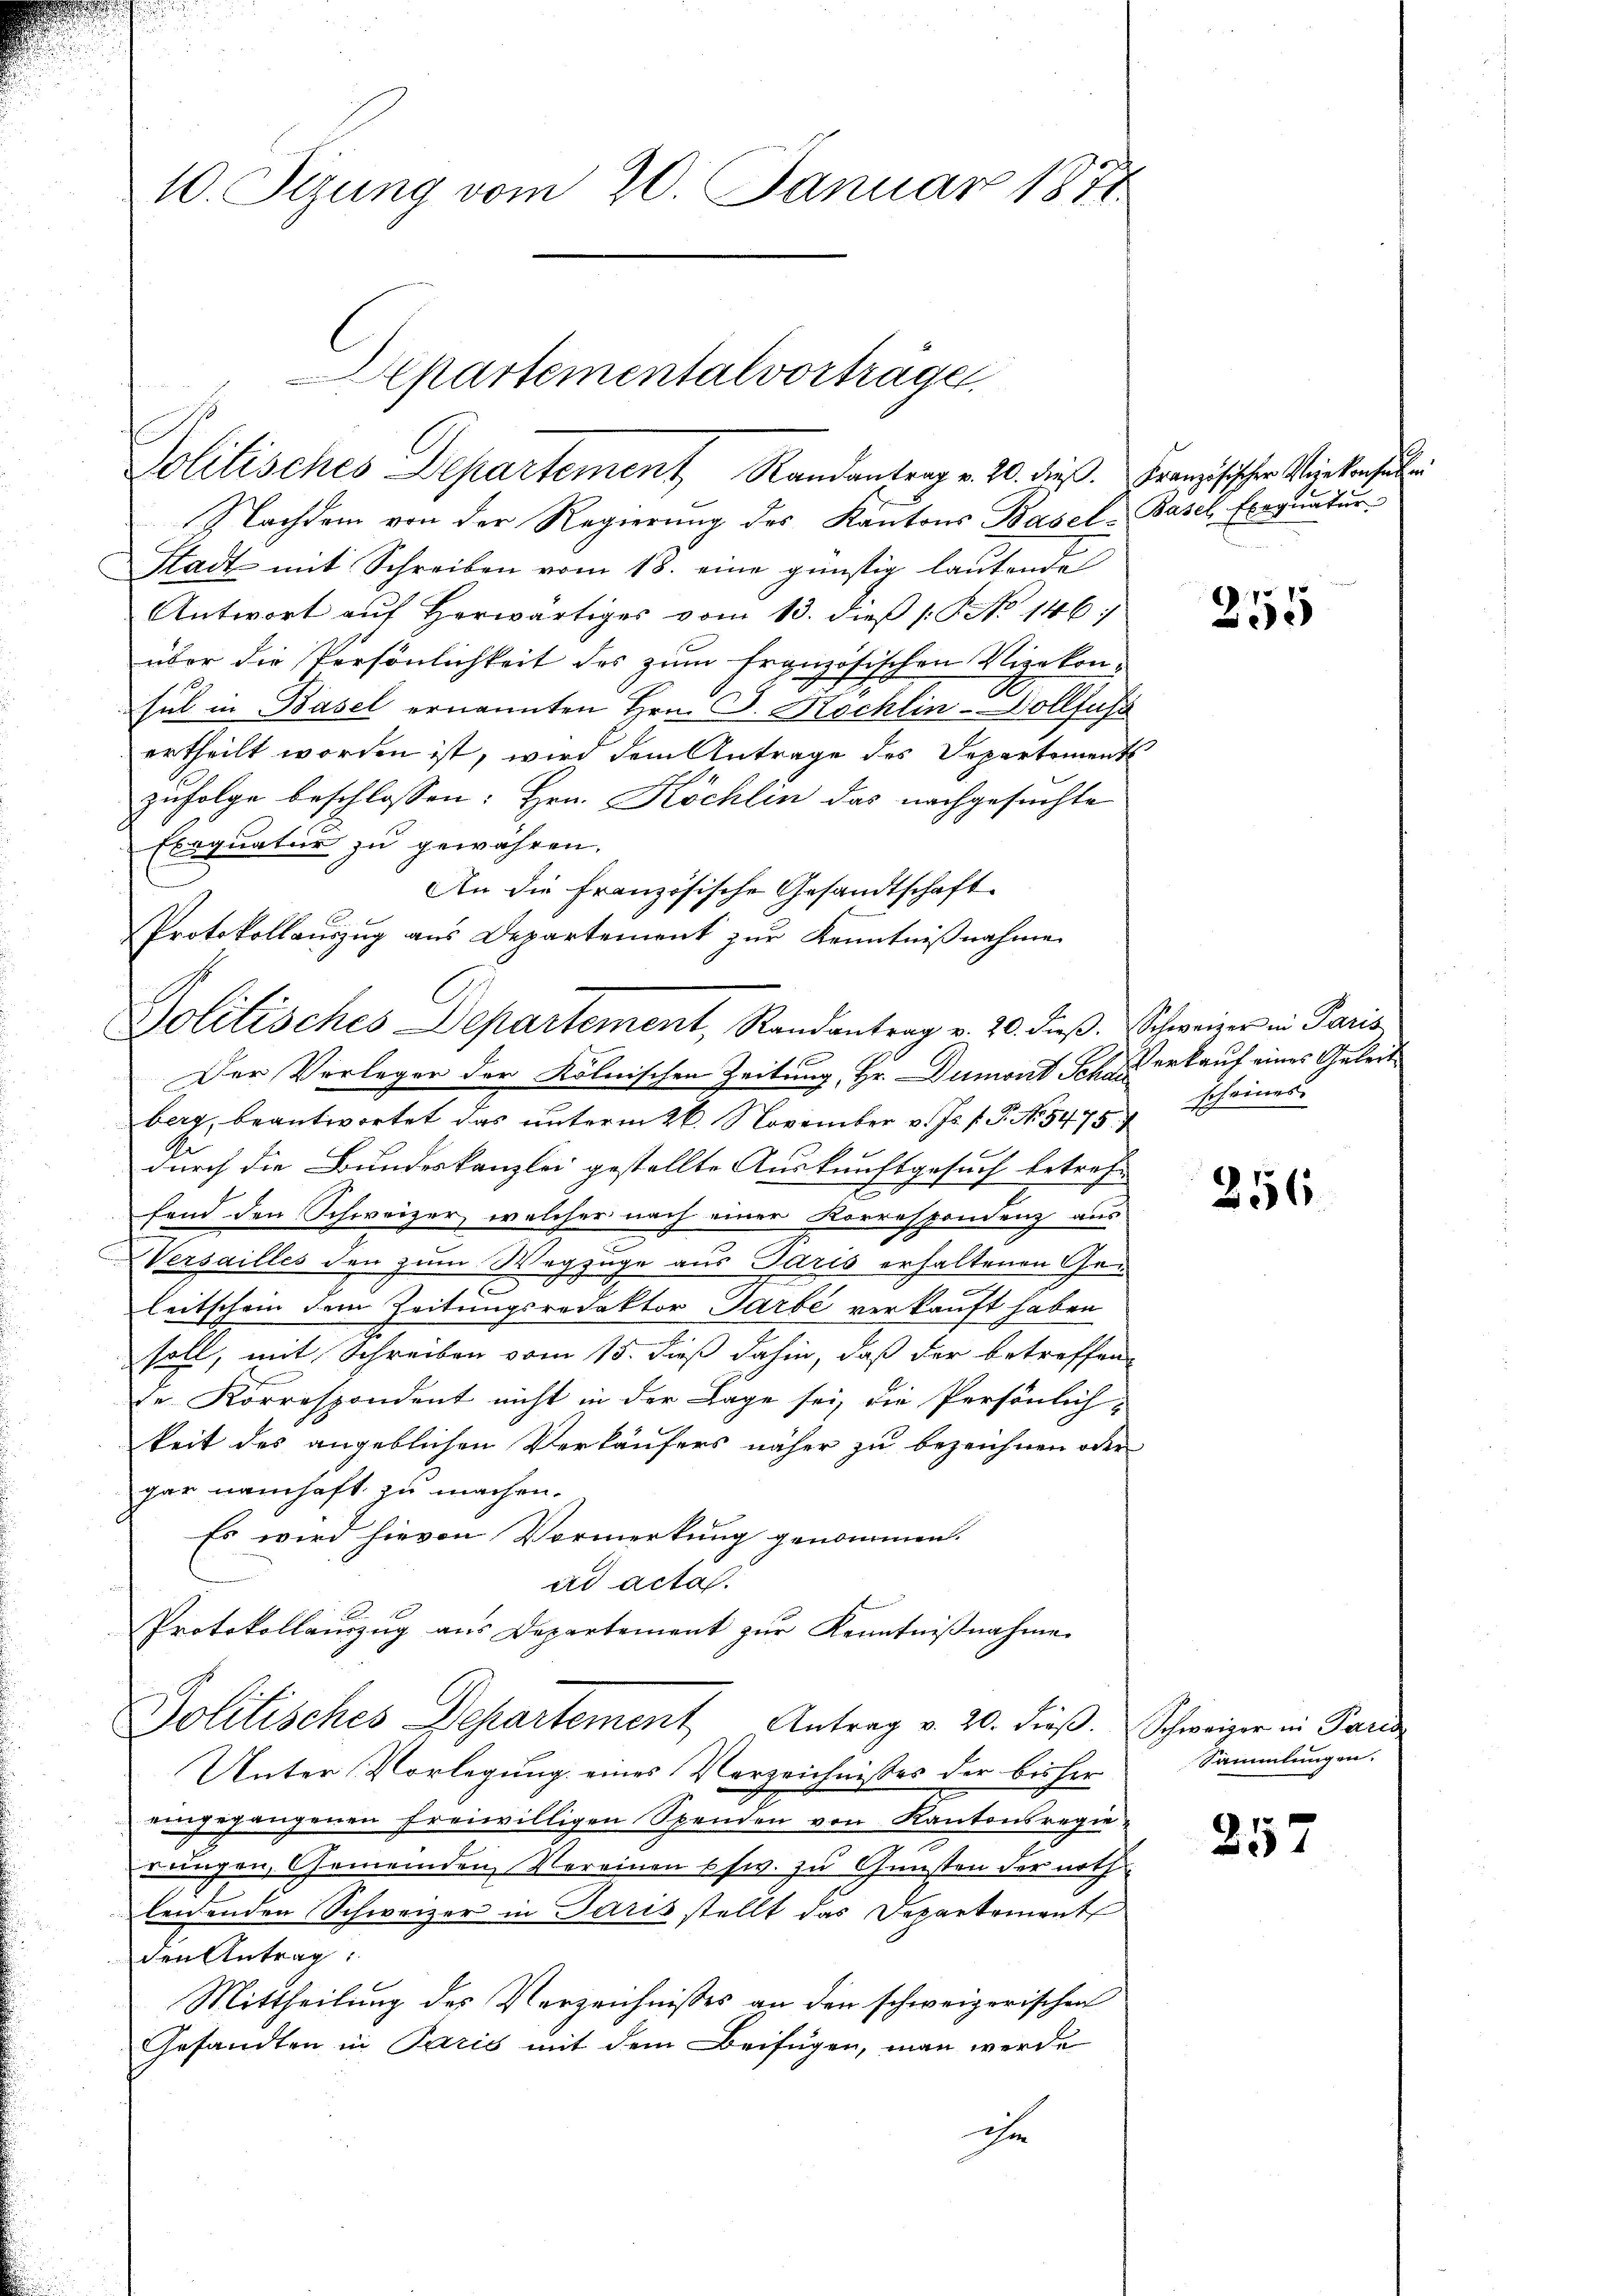
10. Sizung vom 20. Januar 1871

Departementalvorträge
Politisches Departement Randantrag v. 20. dieß. Französischen Wirkenfallen

Nachdem von der Regierung des Kantons Basel-Basel Exequatur
Stadt mit Schreiben vom 18. eine günstig lautende
Antwort auf Herwärtiges vom 13. dieß P. No 146
über die Persönlichkeit des zum Französischen Vizekonsul in Basel ernannten Hrn. G. Köchlin-Vollfuss
ertheilt worden ist, wird dem Antrage des Departement
zufolge beschlossen: Hrn. Köchlin das nachgesuchte
Exequatur zu gewähren.
An die französische Gesandtschaft
berg, beantwortet das ŭnterm 26. November v. Js. f. P. Nr. 5475 7 scheines
durch die Bundeskanzlei gestellte Auskunftgesuch betreff
e
fend den Schweizer, welcher nach einer Korrespondenz aus
Versailles den zum Wegzuge aus Paris erhaltenen Ge¬
2
leitschein dem Zeitungsredaktor Garbe verkauft haben
soll, mit Schreiben vom 15. dieß dahin, daß der betreffen
de Korrespondent nicht in der Lage sei, die Persönlich-
keit des angeblichen Verkäufers näher zu bezeichnen oder
gar namhaft zu machen.
Es wird hievon Vormerkung genommen.
ad acta.
Protokollauszug aus Departement zŭr Kenntniβnahme
Politisches Departement Antrag v. 20. dieβ.  Schweizer in Paris
Unter Vorlegung eines Verzeichnisses der bisher
ugegangenen freiwilligen Spenden von Kantonsregierungen, Gemeinden Vereinen schw. zu Gunsten der noth
leidenden Schweizer in Paris stellt das Departement
den Antrag:
Mittheilung des Verzeichnisses an den schweizerischen
Gesandten in Paris mit dem Beifügen, man werde
ihr

Protokollauszug aus Departement zur Kenntnißnahme

Politisches Departement, Randantrag v. 20. dieß. Schweizer in Paris
Der Verleger der Kölnischen Zeitung, Hr. Dumont Schau erkauf eines Geleit¬

255

256

Sammlungen.

257